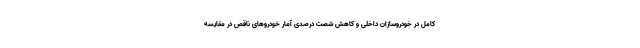
کامل در خودروسازان داخلی و کاهش شصت درصدی آمار خودروهای ناقص در مقایسه